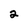
Character: 2